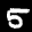
Label: 5